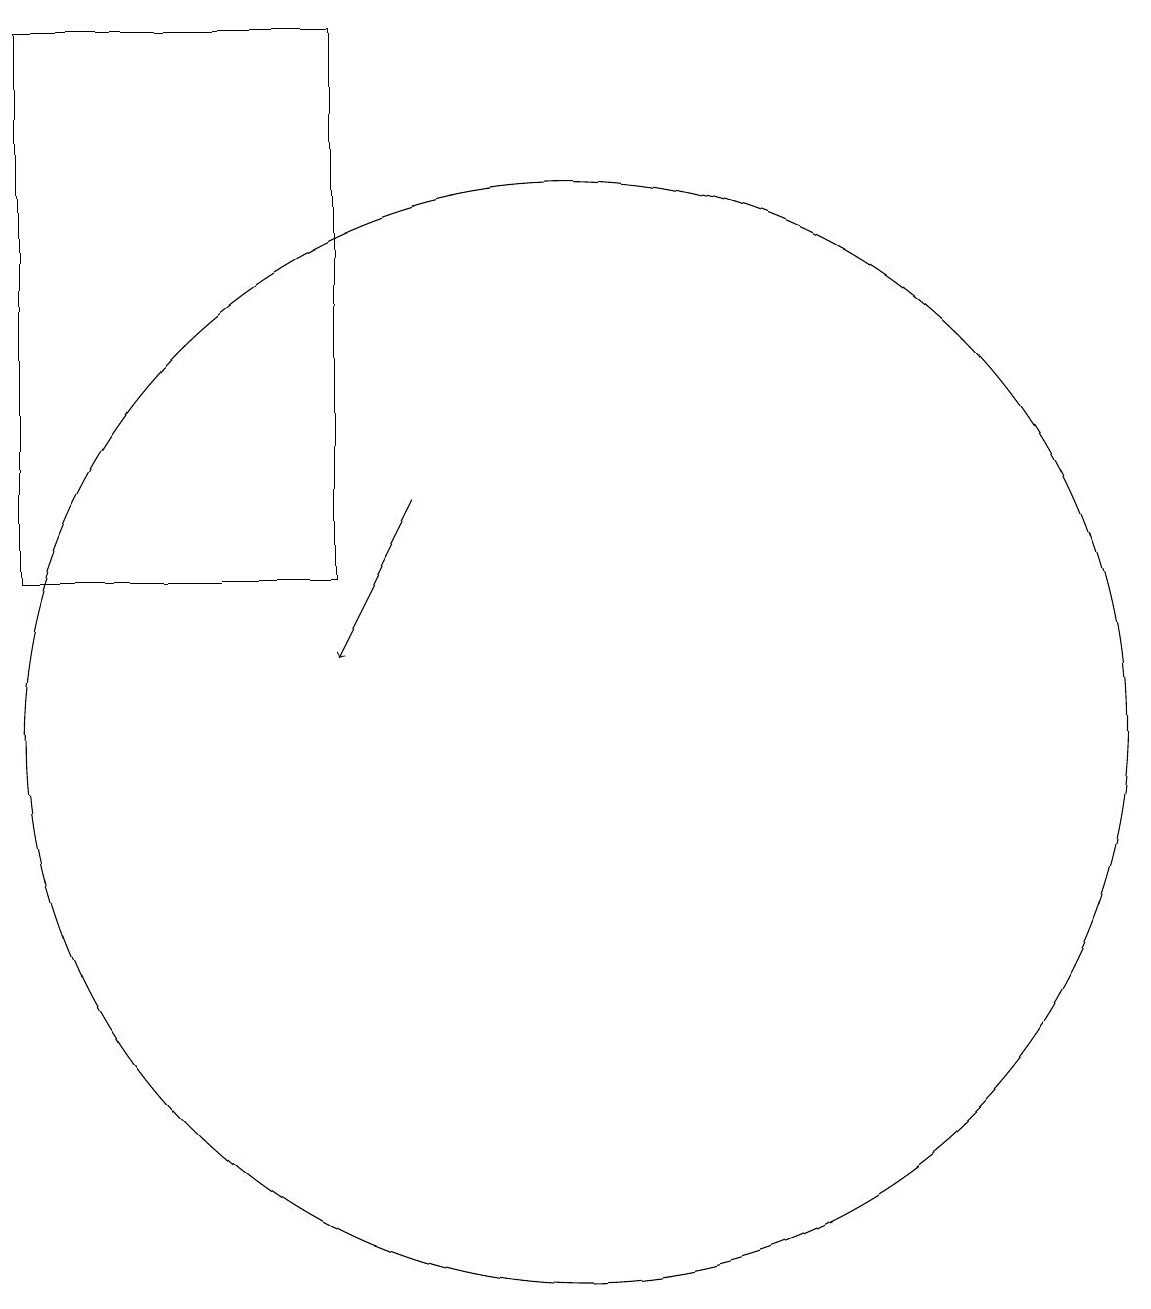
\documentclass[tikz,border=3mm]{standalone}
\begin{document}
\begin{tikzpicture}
\draw (10,10) circle (7);
\draw[->] (8,13) -- (7,11);
\draw (3,19) rectangle (7,12);
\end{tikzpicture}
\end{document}